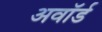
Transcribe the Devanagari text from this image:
अवाॅर्ड